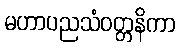
မဟာပညသံဝတ္တနိကာ